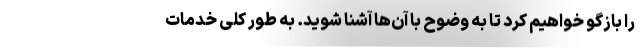
را بازگو خواهیم کرد تا به وضوح با آن‌ها آشنا شوید. به طور کلی خدمات